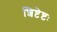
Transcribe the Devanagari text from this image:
शिष्टेष्टः